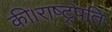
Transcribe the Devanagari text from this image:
की।राष्ट्रपति